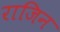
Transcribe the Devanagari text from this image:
राजिन